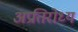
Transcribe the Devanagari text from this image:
अप्रतिरोध्य